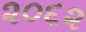
૨૦૬૨